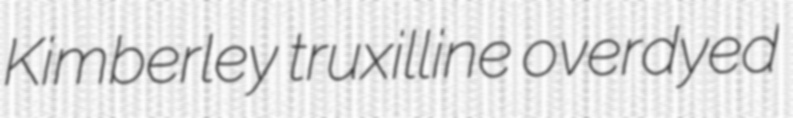
Kimberley truxilline overdyed